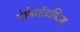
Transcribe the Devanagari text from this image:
ऐनिमॉट्रापिज्म